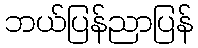
ဘယ်ပြန်ညာပြန်